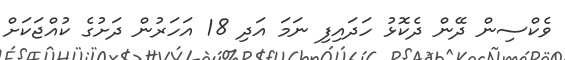
ވެކްސިން ދޭން ދެކޮޅު ހަދައިފި ނަމަ އަދި 18 އަހަރުން ދަށުގެ ކުއްޖަކަށް